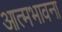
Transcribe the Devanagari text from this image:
आत्मभावना